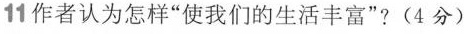
11作者认为怎样”使我们的生活丰富”?(4分)